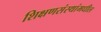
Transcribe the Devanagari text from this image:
शिक्षणसंस्थांमधील